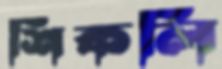
শিকলি